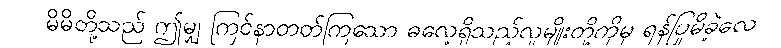
မိမိတို့သည် ဤမျှ ကြင်နာတတ်ကြသော ဓလေ့ရှိသည့်လူမျိုးတို့ကိုမှ ရန်ပြုမိခဲ့လေ